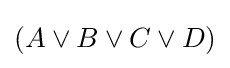
(A\lor B\lor C\lor D)